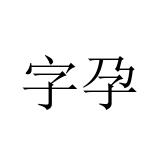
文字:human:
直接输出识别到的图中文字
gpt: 字孕